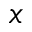
x